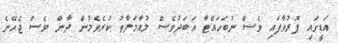
އަޑީގައި ފޮރުވާފައި ވެސް ނުބަހައްޓާ އަބަދުވެސް މުއާމަލާތު ކުރެވެމުން ދާން ވެސް ޖެހޭނެ